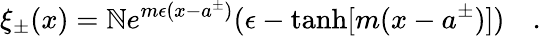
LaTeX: \xi_{\pm}(x)=\mathbb{N}e^{m\epsilon(x-a^{\pm})}(\epsilon-\operatorname{tanh}[m(x-a^{\pm})])\quad.